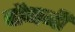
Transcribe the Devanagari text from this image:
चोंगजी